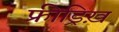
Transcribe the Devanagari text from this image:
फ्रीड्रिख़